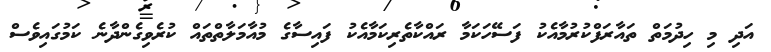
އަދި މި ހިދުމަތް ތައާރަފްކުރުމާއެކު ފަސޭހަކަމާ ރައްކާތެރިކަމާއެކު ފައިސާގެ މުއާމަލާތްތައް ކުރެވިގެންދާނެ ކަމުގައިވެސް